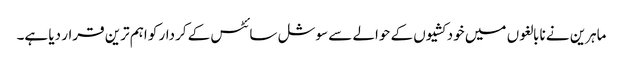
ماہرین نے نابالغوں میں خودکشیوں کے حوالے سے سوشل سائٹس کے کردار کو اہم ترین قرار دیا ہے۔